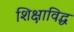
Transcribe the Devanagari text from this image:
शिक्षाविद्ध